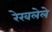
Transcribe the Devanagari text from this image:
रेखलेले